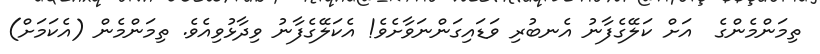
ތިމަންމެންގެ  އަށް ކަލޭގެފާނު އެނބުރި ވަޑައިގަންނަވާށެވެ! އެކަލޭގެފާނު ވިދާޅުވިއެވެ. ތިމަންމެން (އެކަމަށް)